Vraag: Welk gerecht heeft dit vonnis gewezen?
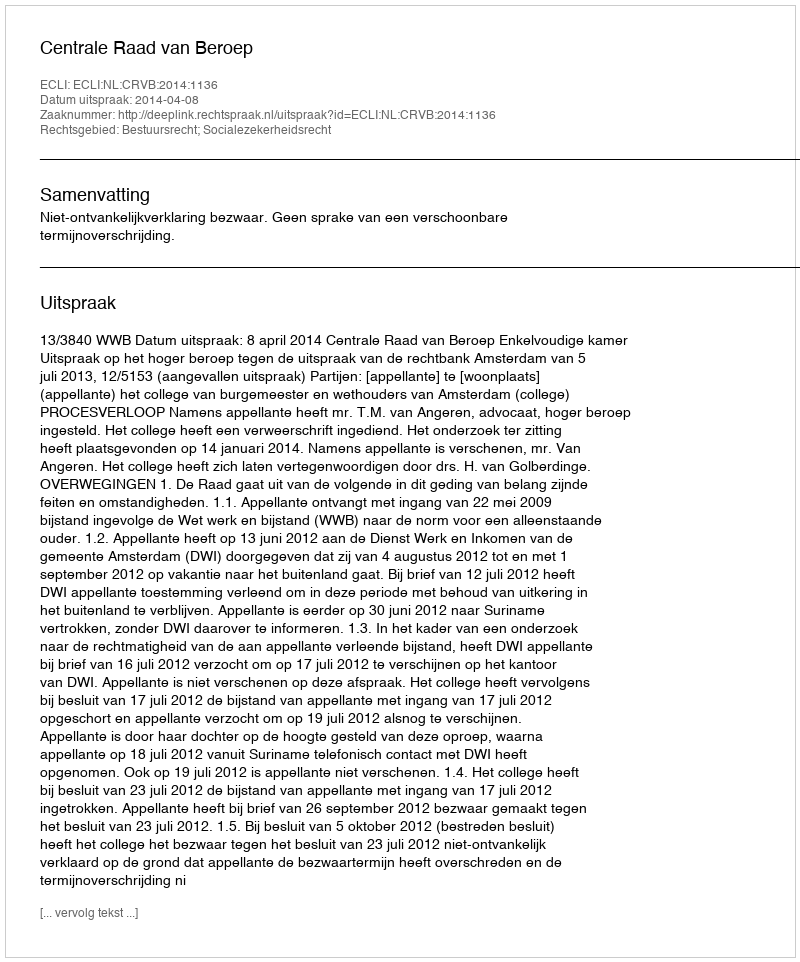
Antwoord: Centrale Raad van Beroep